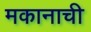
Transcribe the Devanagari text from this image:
मकानाची